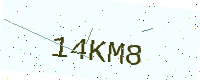
Text: 14KM8